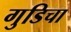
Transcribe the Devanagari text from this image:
गुडिचा